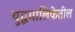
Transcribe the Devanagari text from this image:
युद्धमालिकेतील